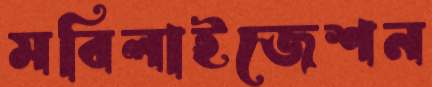
মবিলাইজেশন